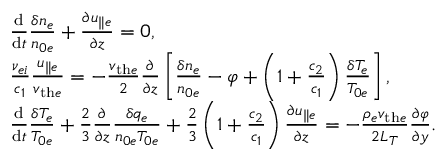
\begin{array} { r l } & { \frac { \mathrm { d } } { \mathrm { d } t } \frac { \delta n _ { e } } { n _ { 0 e } } + \frac { \partial u _ { \parallel e } } { \partial z } = 0 , } \\ & { \frac { \nu _ { e i } } { c _ { 1 } } \frac { u _ { \parallel e } } { v _ { \mathrm { t h } e } } = - \frac { v _ { \mathrm { t h } e } } { 2 } \frac { \partial } { \partial z } \left[ \frac { \delta n _ { e } } { n _ { 0 e } } - \varphi + \left( 1 + \frac { c _ { 2 } } { c _ { 1 } } \right) \frac { \delta T _ { e } } { T _ { 0 e } } \right] , } \\ & { \frac { \mathrm { d } } { \mathrm { d } t } \frac { \delta T _ { e } } { T _ { 0 e } } + \frac { 2 } { 3 } \frac { \partial } { \partial z } \frac { \delta q _ { e } } { n _ { 0 e } T _ { 0 e } } + \frac { 2 } { 3 } \left( 1 + \frac { c _ { 2 } } { c _ { 1 } } \right) \frac { \partial u _ { \parallel e } } { \partial z } = - \frac { \rho _ { e } v _ { \mathrm { t h } e } } { 2 L _ { T } } \frac { \partial \varphi } { \partial y } . } \end{array}